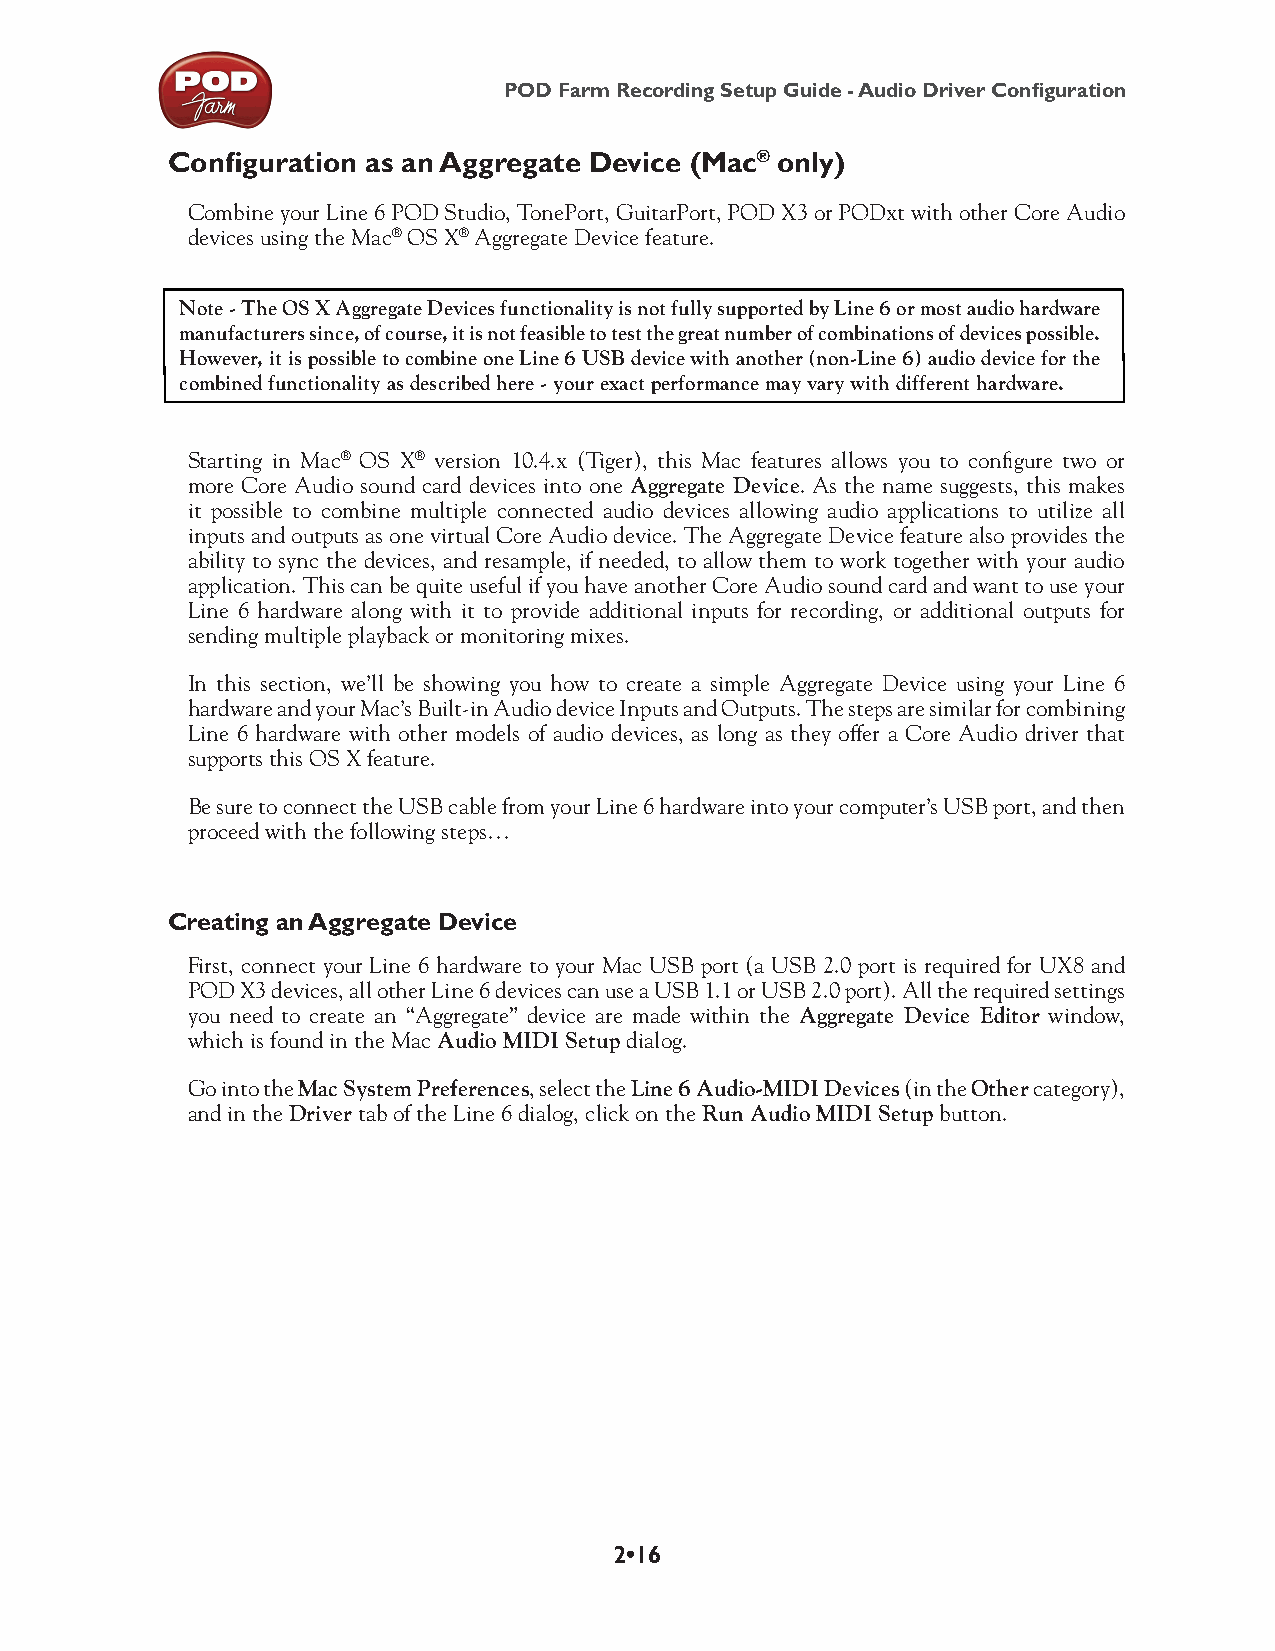
POD Farm Recording Setup Guide - Audio Driver Configuration
 Configuration as an Aggregate Device (Mac® only)
 Combine your Line 6 POD Studio, TonePort, GuitarPort, POD X3 or PODxt with other Core Audio
 devices using the Mac® OS X® Aggregate Device feature.
 Note - The OS X Aggregate Devices functionality is not fully supported by Line 6 or most audio hardware
 manufacturers since, of course, it is not feasible to test the great number of combinations of devices possible.
 However, it is possible to combine one Line 6 USB device with another (non-Line 6) audio device for the
 combined functionality as described here - your exact performance may vary with different hardware.
 Starting in Mac® OS X® version 10.4.x (Tiger), this Mac features allows you to configure two or
 more Core Audio sound card devices into one Aggregate Device. As the name suggests, this makes
 it possible to combine multiple connected audio devices allowing audio applications to utilize all
 inputs and outputs as one virtual Core Audio device. The Aggregate Device feature also provides the
 ability to sync the devices, and resample, if needed, to allow them to work together with your audio
 application. This can be quite useful if you have another Core Audio sound card and want to use your
 Line 6 hardware along with it to provide additional inputs for recording, or additional outputs for
 sending multiple playback or monitoring mixes.
 In this section, we’ll be showing you how to create a simple Aggregate Device using your Line 6
 hardware and your Mac’s Built-in Audio device Inputs and Outputs. The steps are similar for combining
 Line 6 hardware with other models of audio devices, as long as they offer a Core Audio driver that
 supports this OS X feature.
 Be sure to connect the USB cable from your Line 6 hardware into your computer’s USB port, and then
 proceed with the following steps…
 Creating an Aggregate Device
 First, connect your Line 6 hardware to your Mac USB port (a USB 2.0 port is required for UX8 and
 POD X3 devices, all other Line 6 devices can use a USB 1.1 or USB 2.0 port). All the required settings
 you need to create an “Aggregate” device are made within the Aggregate Device Editor window,
 which is found in the Mac Audio MIDI Setup dialog.
 Go into the Mac System Preferences, select the Line 6 Audio-MIDI Devices (in the Other category),
 and in the Driver tab of the Line 6 dialog, click on the Run Audio MIDI Setup button.
 2•16